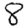
Digit: 8